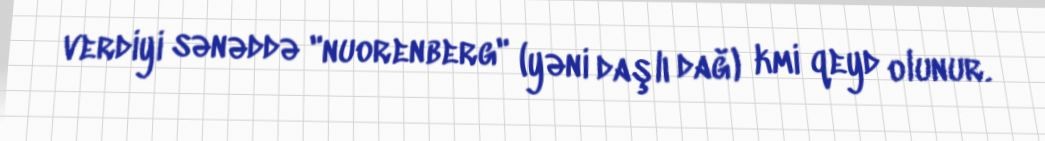
verdiyi sənəddə "nuorenberg" (yəni daşlı dağ) kmi qeyd olunur.